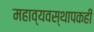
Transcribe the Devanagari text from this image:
महाव्यवस्थापकही